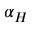
\alpha _ { H }